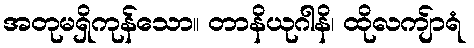
အတုမရှိကုန်သော။ တာနိယုဂါနိ၊ ထိုလကျ်ာရံ